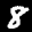
Label: 8